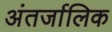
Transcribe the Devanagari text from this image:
अंतर्जालिक